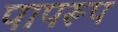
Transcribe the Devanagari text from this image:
पापरूप